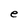
Character: e